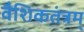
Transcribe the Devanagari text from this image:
वैशिकतंत्रम्